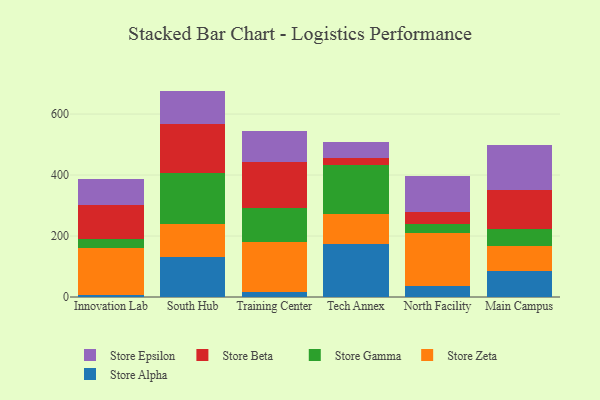
{"axis": {"x": "Campus", "y": "Tickets Resolved"}, "legend": ["Store Alpha", "Store Beta", "Store Epsilon", "Store Gamma", "Store Zeta"], "data": [{"x": "Innovation Lab", "y": 7.0, "type": "Store Alpha"}, {"x": "Innovation Lab", "y": 154.1, "type": "Store Zeta"}, {"x": "Innovation Lab", "y": 28.3, "type": "Store Gamma"}, {"x": "Innovation Lab", "y": 111.9, "type": "Store Beta"}, {"x": "Innovation Lab", "y": 85.4, "type": "Store Epsilon"}, {"x": "South Hub", "y": 130.6, "type": "Store Alpha"}, {"x": "South Hub", "y": 110.1, "type": "Store Zeta"}, {"x": "South Hub", "y": 166.7, "type": "Store Gamma"}, {"x": "South Hub", "y": 160.3, "type": "Store Beta"}, {"x": "South Hub", "y": 108.4, "type": "Store Epsilon"}, {"x": "Training Center", "y": 15.3, "type": "Store Alpha"}, {"x": "Training Center", "y": 164.4, "type": "Store Zeta"}, {"x": "Training Center", "y": 111.9, "type": "Store Gamma"}, {"x": "Training Center", "y": 151.4, "type": "Store Beta"}, {"x": "Training Center", "y": 100.8, "type": "Store Epsilon"}, {"x": "Tech Annex", "y": 174.6, "type": "Store Alpha"}, {"x": "Tech Annex", "y": 98.7, "type": "Store Zeta"}, {"x": "Tech Annex", "y": 160.5, "type": "Store Gamma"}, {"x": "Tech Annex", "y": 23.1, "type": "Store Beta"}, {"x": "Tech Annex", "y": 53.0, "type": "Store Epsilon"}, {"x": "North Facility", "y": 36.7, "type": "Store Alpha"}, {"x": "North Facility", "y": 173.0, "type": "Store Zeta"}, {"x": "North Facility", "y": 28.2, "type": "Store Gamma"}, {"x": "North Facility", "y": 41.1, "type": "Store Beta"}, {"x": "North Facility", "y": 118.7, "type": "Store Epsilon"}, {"x": "Main Campus", "y": 86.2, "type": "Store Alpha"}, {"x": "Main Campus", "y": 81.8, "type": "Store Zeta"}, {"x": "Main Campus", "y": 54.0, "type": "Store Gamma"}, {"x": "Main Campus", "y": 127.8, "type": "Store Beta"}, {"x": "Main Campus", "y": 147.9, "type": "Store Epsilon"}]}